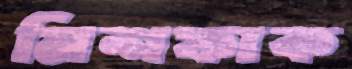
মিশফাক